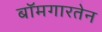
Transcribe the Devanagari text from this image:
बॉमगारतेन